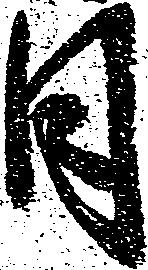
日